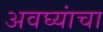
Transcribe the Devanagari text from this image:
अवघ्यांचा